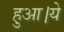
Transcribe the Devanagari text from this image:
हुआ।ये